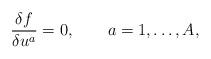
LaTeX: \begin{align*}\frac{\delta f}{\delta u^a} = 0, \qquad a = 1, \ldots, A, \end{align*}